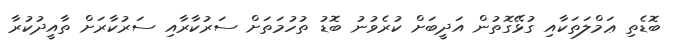
ބޮޑެތި ޢަމްލަތަކާއި ގުޅޭގޮތުން އަދީބަށް ކުރެވުނު ބޮޑު ތުހުމަތަށް ސަރުކާރާއި ސަރުކާރަށް ތާއީދުކުރާ